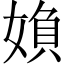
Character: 媍